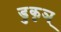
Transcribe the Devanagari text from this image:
डुकृञ्